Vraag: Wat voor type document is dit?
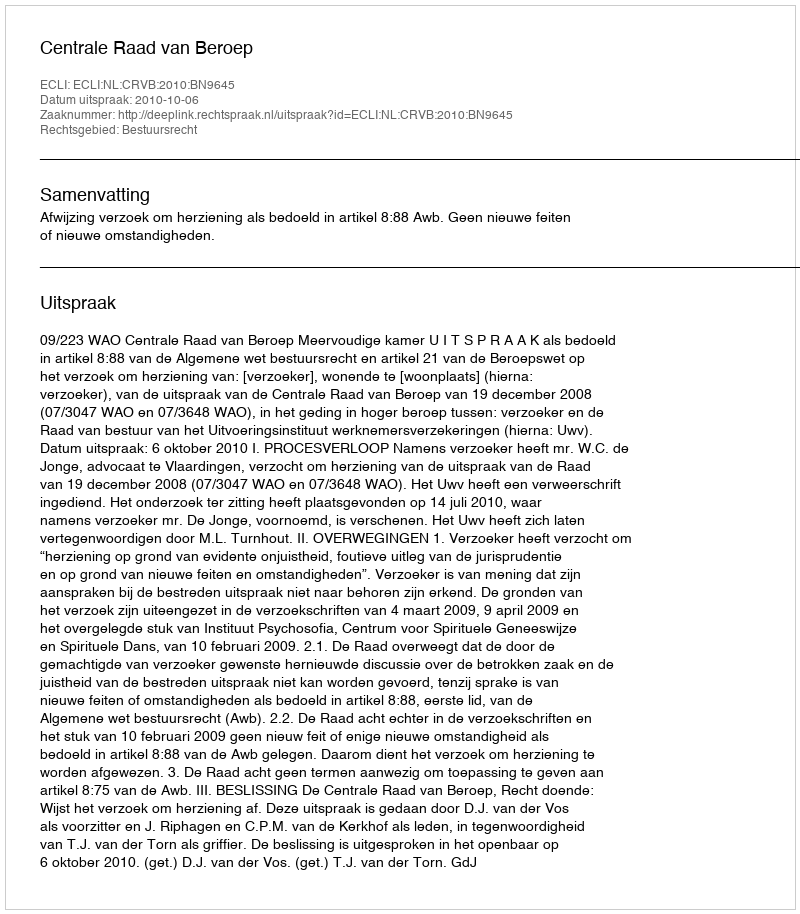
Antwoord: Uitspraak